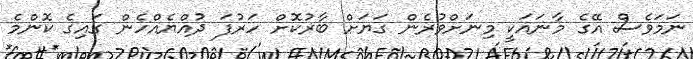
ނަމަވެސް އޭގެ މާނައަކީ މިނަށްވުރެން ގަޔަށް ބާރުކޮށް ހަރުފަ ދުއްޔެއްހެން ގައިގެ ކޮންމެ